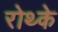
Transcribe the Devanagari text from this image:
रोथ्के